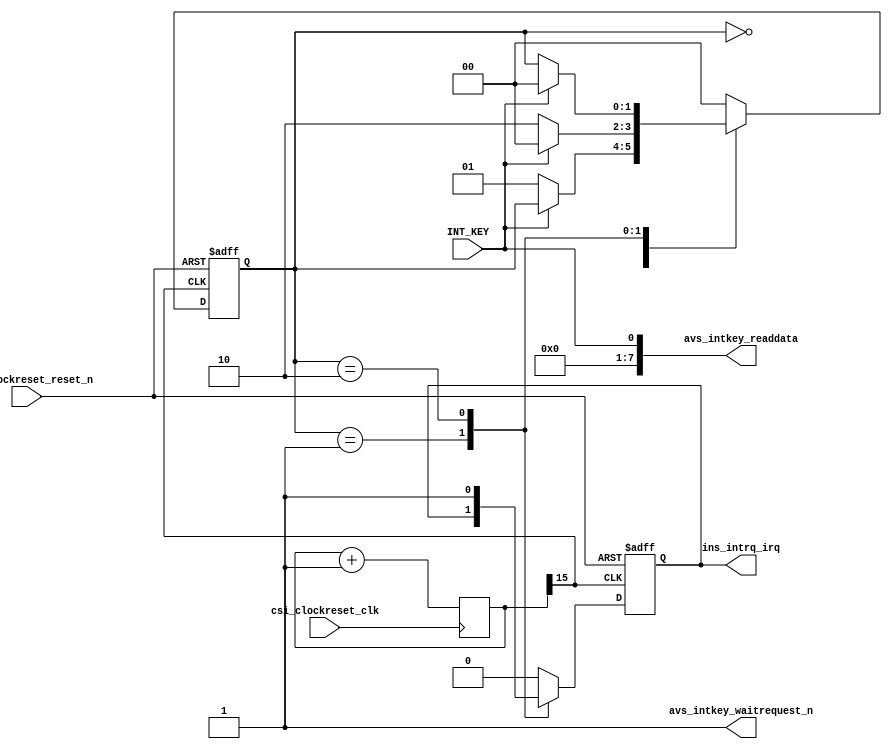
module SOPC_IntKey(

csi_clockreset_clk,
csi_clockreset_reset_n,

avs_intkey_readdata,
avs_intkey_waitrequest_n,

ins_intrq_irq,

INT_KEY

);

input					csi_clockreset_clk, csi_clockreset_reset_n;

output	[7:0]	avs_intkey_readdata;
output				avs_intkey_waitrequest_n;

output				ins_intrq_irq;
reg					ins_intrq_irq = 1'b0;

assign				avs_intkey_readdata = {7'b0, INT_KEY};
assign				avs_intkey_waitrequest_n = 1'b1;

reg		[15:0]	cnt_clk = 0;

wire					key_clk = cnt_clk[15];

input					INT_KEY;

reg		[1:0]		state = 0;

always@(posedge csi_clockreset_clk) cnt_clk <= cnt_clk + 1;

always@(posedge key_clk or negedge csi_clockreset_reset_n)
begin
	if(!csi_clockreset_reset_n) begin
		state <= 0;
		ins_intrq_irq <= 1'b0;
	end
	else begin
		case(state)
			0: begin
				ins_intrq_irq <= 1'b0;
				if(!INT_KEY) state <= 1;
			end
			
			1: begin
				if(!INT_KEY) state <= 2;
				else state <= 0;
			end
			
			2: begin
				ins_intrq_irq <= 1'b1;
				if(INT_KEY) state <= 0;
			end
			
			default: begin
				state <= 0;
				ins_intrq_irq <= 1'b0;
			end
		endcase
	end
end

endmodule